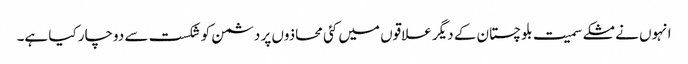
انہوں نے مشکے سمیت بلوچستان کے دیگر علاقوں میں کئی محاذوں پر دشمن کو شکست سے دوچار کیا ہے۔